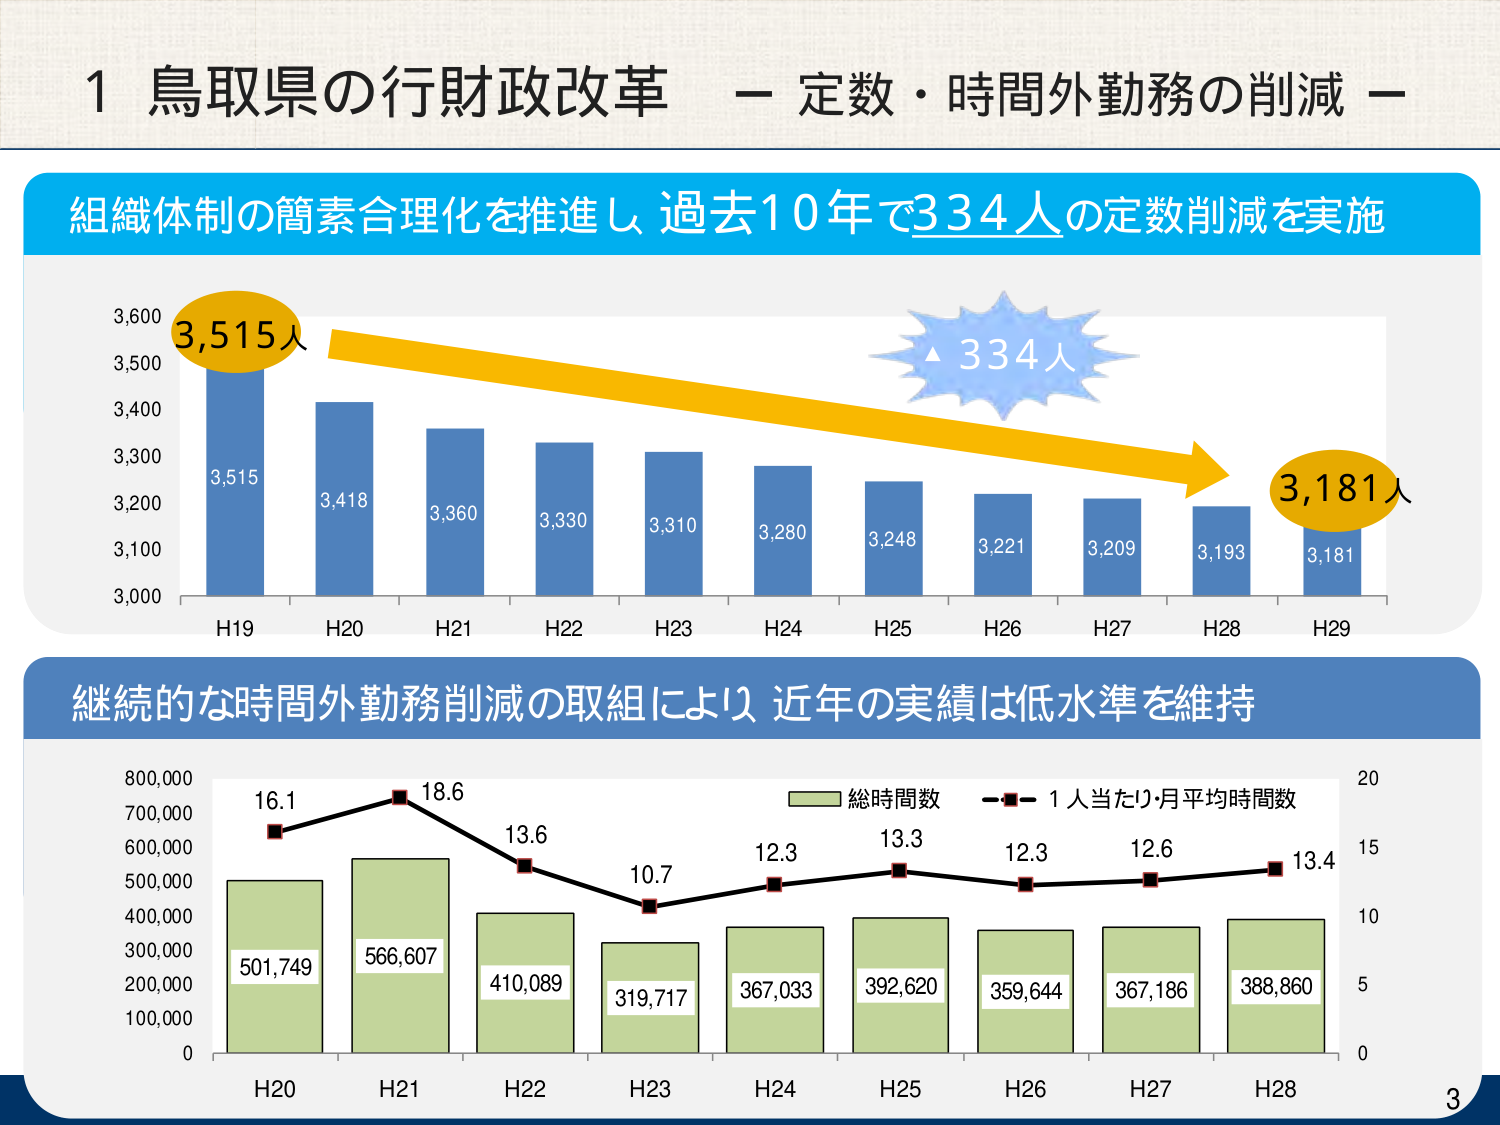
1 鳥取県の行財政改革 － 定数・時間外勤務の削減 －

組織体制の簡素合理化を推進し 過去10年で334人の定数削減を実施

3,515人
3,515
3,418
3,360
3,330
3,310
3,280
3,248
3,221
3,209
3,193
3,181
3,181人
▲334人

H19 H20 H21 H22 H23 H24 H25 H26 H27 H28 H29

継続的な時間外勤務削減の取組により 近年の実績は低水準を維持

総時間数
1人当たり・月平均時間数

16.1
18.6
13.6
10.7
12.3
13.3
12.3
12.6
13.4

501,749
566,607
410,089
319,717
367,033
392,620
359,644
367,186
388,860

H20 H21 H22 H23 H24 H25 H26 H27 H28

800,000
700,000
600,000
500,000
400,000
300,000
200,000
100,000
0

20
15
10
5
0

3